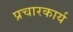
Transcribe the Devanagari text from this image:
प्रचारकार्य